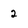
Character: 2